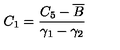
C _ { 1 } = \frac { C _ { 5 } - \overline { { B } } } { \gamma _ { 1 } - \gamma _ { 2 } }